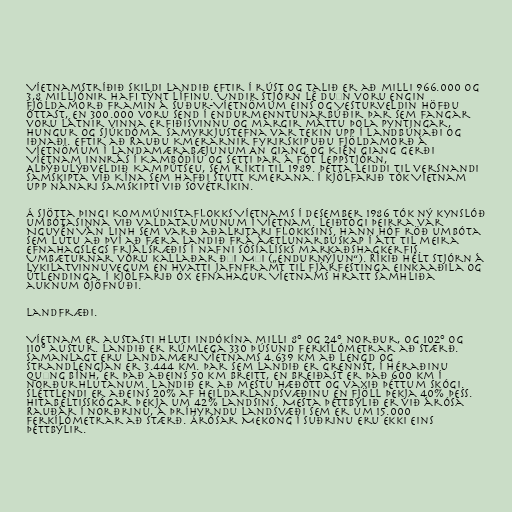
Víetnamstríðið skildi landið eftir í rúst og talið er að milli 966.000 og
3,8 milljónir hafi týnt lífinu. Undir stjórn Lê Duẩn voru engin
fjöldamorð framin á Suður-Víetnömum eins og Vesturveldin höfðu
óttast, en 300.000 voru send í endurmenntunarbúðir þar sem fangar
voru látnir vinna erfiðisvinnu og margir máttu þola pyntingar,
hungur og sjúkdóma. Samyrkjustefna var tekin upp í landbúnaði og
iðnaði. Eftir að Rauðu Kmerarnir fyrirskipuðu fjöldamorð á
Víetnömum í landamærabæjunum An Giang og Kiên Giang gerði
Víetnam innrás í Kambódíu og setti þar á fót leppstjórn,
Alþýðulýðveldið Kampútseu, sem ríkti til 1989. Þetta leiddi til versnandi
samskipta við Kína sem hafði stutt Kmerana. Í kjölfarið tók Víetnam
upp nánari samskipti við Sovétríkin.

Á sjötta þingi Kommúnistaflokks Víetnams í desember 1986 tók ný kynslóð
umbótasinna við valdataumunum í Víetnam. Leiðtogi þeirra var
Nguyễn Văn Linh sem varð aðalritari flokksins. Hann hóf röð umbóta
sem lutu að því að færa landið frá áætlunarbúskap í átt til meira
efnahagslegs frjálsræðis í nafni sósíalísks markaðshagkerfis.
Umbæturnar voru kallaðar Đổi Mới („endurnýjun“). Ríkið hélt stjórn á
lykilatvinnuvegum en hvatti jafnframt til fjárfestinga einkaaðila og
útlendinga. Í kjölfarið óx efnahagur Víetnams hratt samhliða
auknum ójöfnuði.

Landfræði.

Víetnam er austasti hluti Indókína milli 8° og 24° norður, og 102° og
110° austur. Landið er rúmlega 330 þúsund ferkílómetrar að stærð.
Samanlagt eru landamæri Víetnams 4.639 km að lengd og
strandlengjan er 3.444 km. Þar sem landið er grennst, í héraðinu
Quảng Bình, er það aðeins 50 km breitt, en breiðast er það 600 km í
norðurhlutanum. Landið er að mestu hæðótt og vaxið þéttum skógi.
Sléttlendi er aðeins 20% af heildarlandsvæðinu en fjöll þekja 40% þess.
Hitabeltisskógar þekja um 42% landsins. Mesta þéttbýlið er við árósa
Rauðár í norðrinu, á þríhyrndu landsvæði sem er um 15.000
ferkílómetrar að stærð. Árósar Mekong í suðrinu eru ekki eins
þéttbýlir.